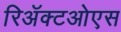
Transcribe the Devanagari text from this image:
रिॲक्टओएस